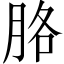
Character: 胳